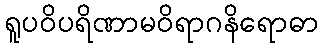
ရူပဝိပရိဏာမဝိရာဂနိရောဓာ